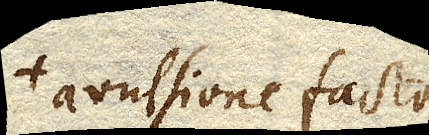
avulsione facta